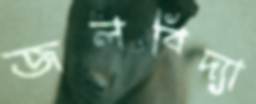
জলবিদ্যা